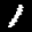
Label: 1